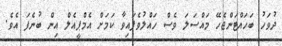
ދުވަހު ބަހައްޓަންޖެހޭ މައްސަލަ ވެސް ހައްލުވެފައިވާ ކަމަށް އެމްޕީއެލް އިން ބުނެފަ އެވެ.